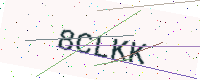
Text: 8CLKK